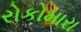
રોકોમારા